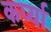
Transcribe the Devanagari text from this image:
कर्प्या